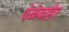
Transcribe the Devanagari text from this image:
वेळेबाहेर